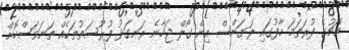
މެޗުގެ ފުރަތަމަ ހާފުގައި ލަޔަންސް އިން ގޯލް ޖަހާނެ ރަނގަޅު ފުރުސަތުތަކެއް ތަނަވަސްކޮށް